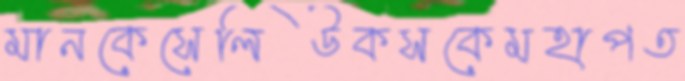
মানকেসেলিউকসকেমহাপত